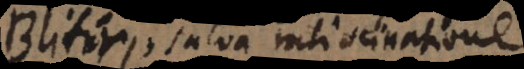
Blitiri, salva ratiocinatione.